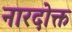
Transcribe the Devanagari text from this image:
नारदोक्त